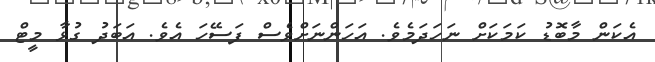
އެކަން މާބޮޑު ކަމަކަށް ނަހަދަމެވެ. އަހަންނަށްވެސް ފަސޭހަ އެވެ. އަބަދު ގުޅާ މީޓް